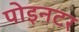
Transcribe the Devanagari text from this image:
पोइनटर